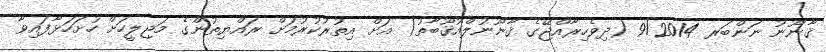
ޤާނޫނު ނަންބަރ 9/2014 (ދިވެހިރާއްޖޭގެ ޤާނޫނުލްއުޤޫބާތު) އަށް އިތުރުކުރުމަށް ރައްޔިތުންގެ މަޖިލީހަށް ހުށަހަޅާފައިވާ